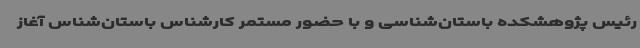
رئیس پژوهشکده باستان‌شناسی و با حضور مستمر کارشناس باستان‌شناس آغاز